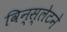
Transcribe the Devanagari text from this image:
विन्स्लेटने